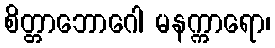
စိတ္တာဘောဂေါ မနက္ကာရော၊